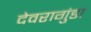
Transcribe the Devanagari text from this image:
देवरागुंडा